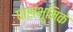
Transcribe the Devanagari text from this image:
घासभूमिके